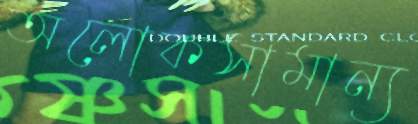
অলোকসামান্য